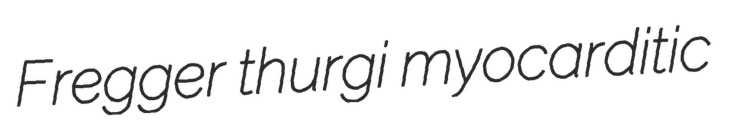
Fregger thurgi myocarditic